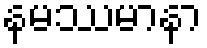
နမဿမာနာ